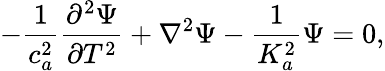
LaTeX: -\frac{1}{c_{a}^{2}}\frac{\partial^{2}\Psi}{\partial T^{2}}+\nabla^{2}\Psi-\frac{1}{K_{a}^{2}}\Psi=0,